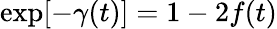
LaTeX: \exp[-\gamma(t)]=1-2f(t)